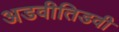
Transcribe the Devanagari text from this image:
अडवीतिडवी